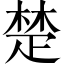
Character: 楚